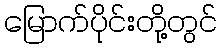
မြောက်ပိုင်းတို့တွင်